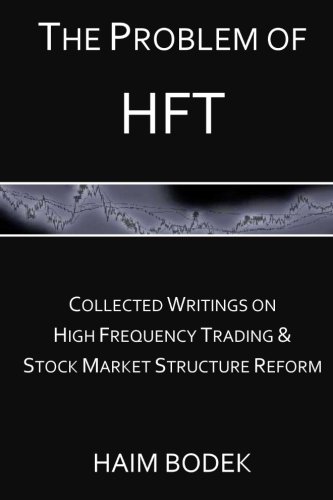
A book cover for The Problem of HFT - Collected Writings on High Frequency Trading  & Stock Market Structure Reform; Haim Bodek; Law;